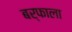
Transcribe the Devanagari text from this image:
बर्फाला